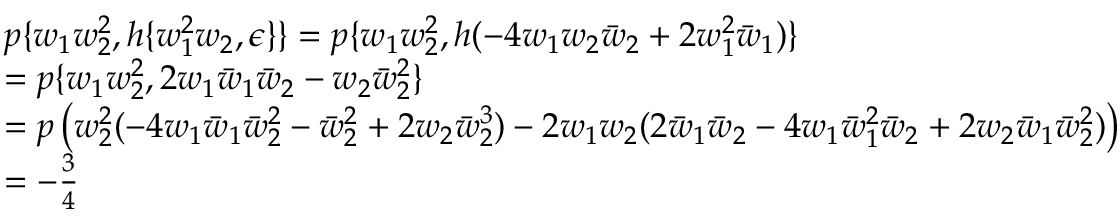
\begin{array} { r l } & { p \{ w _ { 1 } w _ { 2 } ^ { 2 } , h \{ w _ { 1 } ^ { 2 } w _ { 2 } , \epsilon \} \} = p \{ w _ { 1 } w _ { 2 } ^ { 2 } , h ( - 4 w _ { 1 } w _ { 2 } \bar { w } _ { 2 } + 2 w _ { 1 } ^ { 2 } \bar { w } _ { 1 } ) \} } \\ & { = p \{ w _ { 1 } w _ { 2 } ^ { 2 } , 2 w _ { 1 } \bar { w } _ { 1 } \bar { w } _ { 2 } - w _ { 2 } \bar { w } _ { 2 } ^ { 2 } \} } \\ & { = p \left( w _ { 2 } ^ { 2 } ( - 4 w _ { 1 } \bar { w } _ { 1 } \bar { w } _ { 2 } ^ { 2 } - \bar { w } _ { 2 } ^ { 2 } + 2 w _ { 2 } \bar { w } _ { 2 } ^ { 3 } ) - 2 w _ { 1 } w _ { 2 } ( 2 \bar { w } _ { 1 } \bar { w } _ { 2 } - 4 w _ { 1 } \bar { w } _ { 1 } ^ { 2 } \bar { w } _ { 2 } + 2 w _ { 2 } \bar { w } _ { 1 } \bar { w } _ { 2 } ^ { 2 } ) \right) } \\ & { = - \frac { 3 } { 4 } } \end{array}